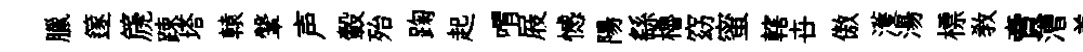
臘篴篪踈塔轅鞶声轂殆踘起喟屐憾陽繇櫓窈蜜轄卋傲濩湯標教賣漕羞